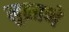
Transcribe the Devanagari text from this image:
मुळाणे